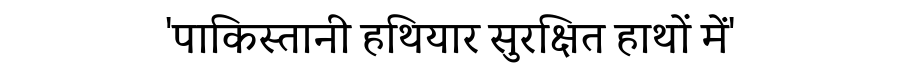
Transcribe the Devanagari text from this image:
'पाकिस्तानी हथियार सुरक्षित हाथों में'